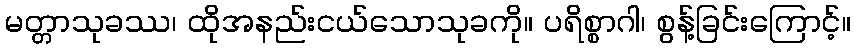
မတ္တာသုခဿ၊ ထိုအနည်းငယ်သောသုခကို။ ပရိစ္စာဂါ၊ စွန့်ခြင်းကြောင့်။